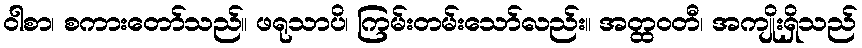
ဝါစာ၊ စကားတော်သည်။ ဖရုသာပိ၊ ကြမ်းတမ်းသော်လည်း။ အတ္ထဝတီ၊ အကျိုးရှိသည်